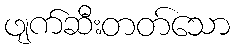
ဖျက်ဆီးတတ်သော